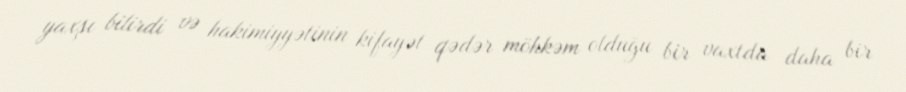
yaxşı bilirdi və hakimiyyətinin kifayət qədər möhkəm olduğu bir vaxtda daha bir